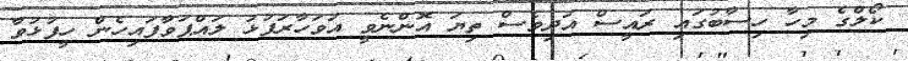
ކޯލްގެ މިހާ ހިސާބުގައި ރައީސް އަދިވެސް ތިޔަ އޮންނެވީ އަވަހާރަފުޅު ލައްޕަވާފައިހެން ހީފުޅުވާ